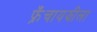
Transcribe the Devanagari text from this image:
फ्रॅंचायझीला